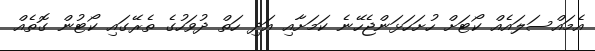
އެމައްސަލައެއް ކޯޓަށް ހުށަހަޅަންޖެހޭނެ ކަމަށާއި އަދި ހަތް ދުވަހުގެ ތެރޭގައި ކޯޓުން ގޮތެއް